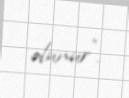
olunur".